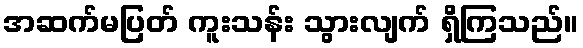
အဆက်မပြတ် ကူးသန်း သွားလျက် ရှိကြသည်။